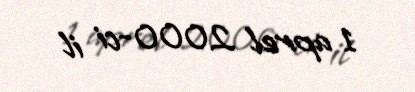
1 aprel 2000-ci il